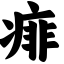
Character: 痱